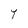
Character: Y